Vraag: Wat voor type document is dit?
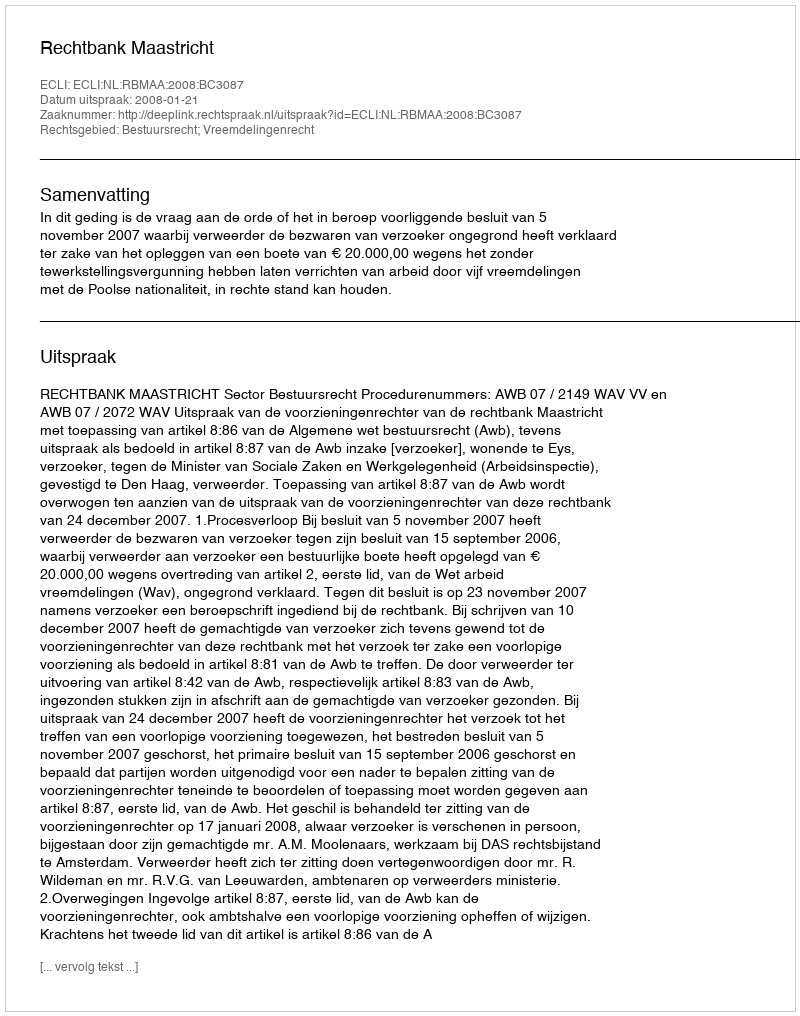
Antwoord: Uitspraak